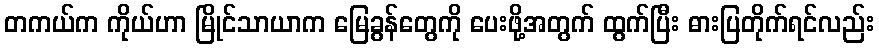
တကယ်က ကိုယ်ဟာ မြိုင်သာယာက မြေခွန်တွေကို ပေးဖို့အတွက် ထွက်ပြီး ဓားပြတိုက်ရင်လည်း